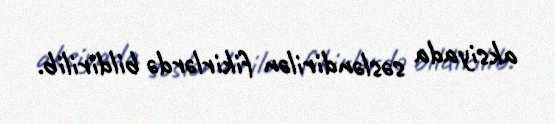
aksiyada səsləndirilən fikirlərdə bildirilib.